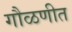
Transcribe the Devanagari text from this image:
गौळणीत